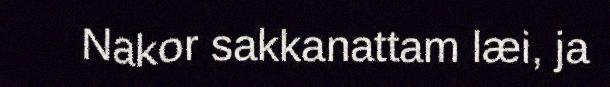
Nakor sakkanattam læi, ja